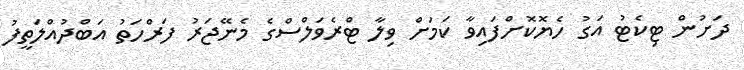
ދަށުން ޓިކެޓު އަގު ހެޔޮކޮށްފައިވާ ކަމަށް ވިލާ ޓްރެވަލްސްގެ މެނޭޖަރު ފަރްހަތު އަބްދުއްލަތީފު